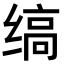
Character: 缟